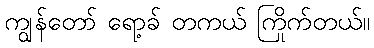
ကျွန်တော် ရော့ခ် တကယ် ကြိုက်တယ်။